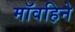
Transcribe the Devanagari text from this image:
मॉवहिने